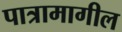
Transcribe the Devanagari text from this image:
पात्रामागील